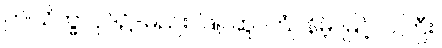
ဤသိက္ခာပုဒ်၌-မည်း၊ ဖြူ၊ ဆူ၊ ကြုံ၊ နိမ့်၊ မြင့်၊ ဝါကြီး၊